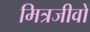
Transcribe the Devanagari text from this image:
मित्रजीवों